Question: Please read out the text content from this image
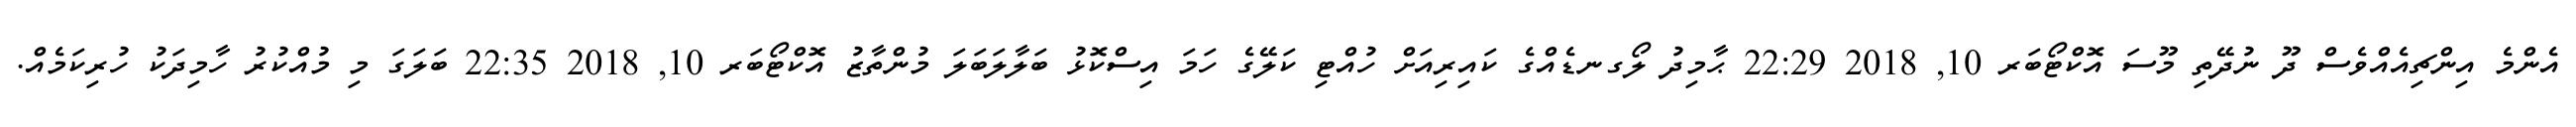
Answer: އެންމެ އިންޗިއެއްވެސް ދޫ ނުދޭތި މޫސަ އޮކްޓޯބަރ 10, 2018 22:29 ޙާމިދު ލޯގނޑެއްގެ ކައިރިއަށް ހުއްޓި ކަލޭގެ ހަމަ އިސްކޮޅު ބަލާލަބަލަ މުންތާޒު އޮކްޓޯބަރ 10, 2018 22:35 ބަލަގަ މި މުއްކުރު ހާމިދަކު ހުރިކަމެއް.